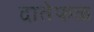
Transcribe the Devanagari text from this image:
दातेफळ